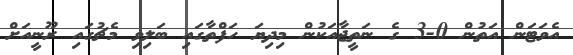
އެވަޓަން އަތުން 0-3 ގެ ނަތީޖާއަކުން މިދިޔަ ހަފްތާގައި ބަލިވި މެޗުގައި ރޫނީއަށް